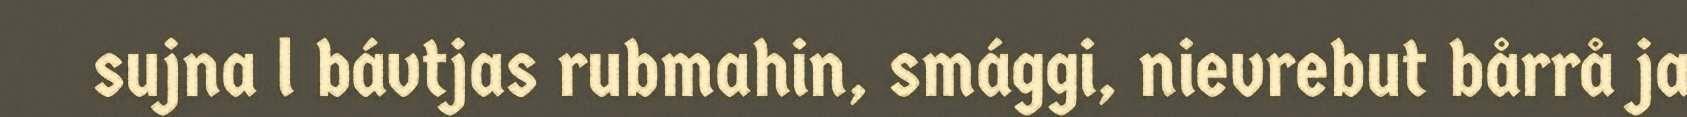
sujna l bávtjas rubmahin, smággi, nievrebut bårrå ja